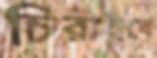
চিরাইবে